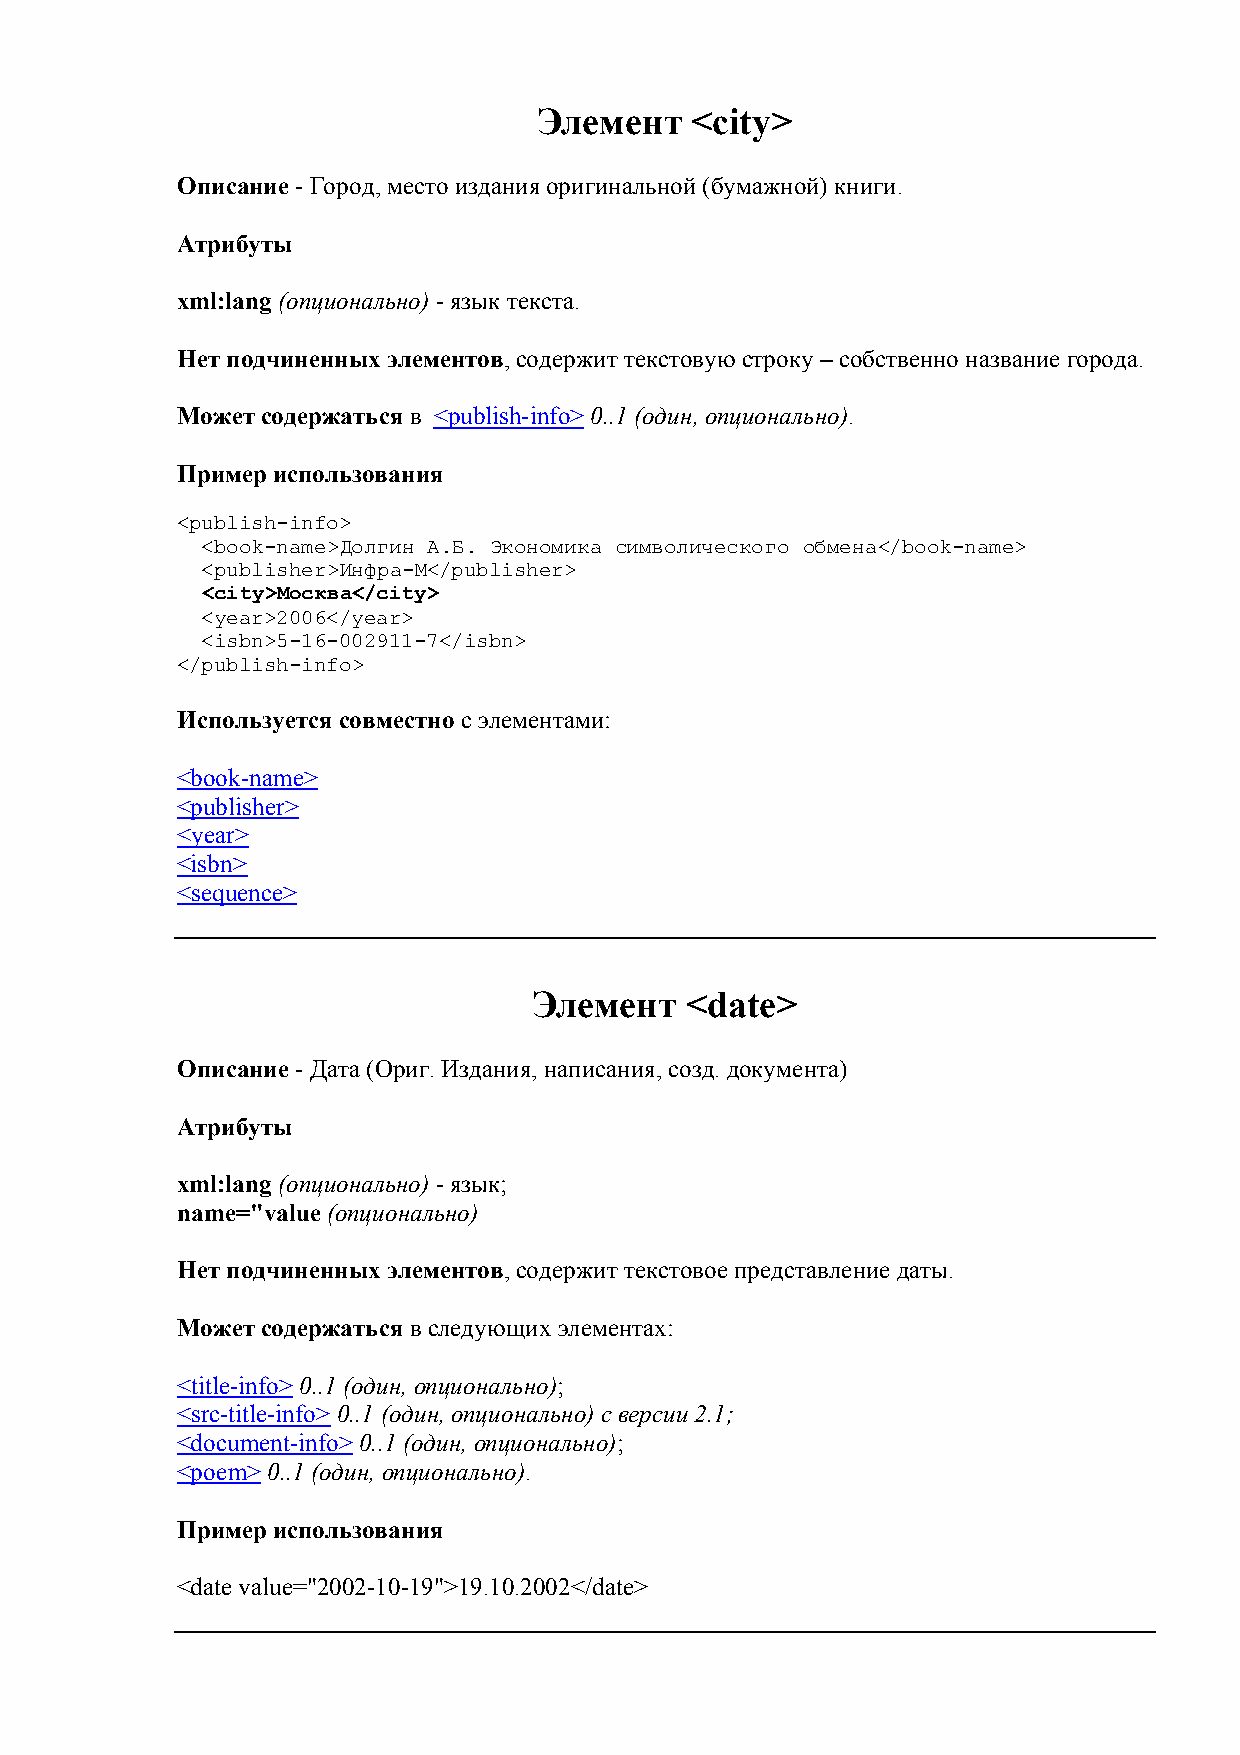
Элемент   <city>
 Описание - Город, место издания оригинальной (бумажной) книги.
 Атрибуты
 xml:lang (опционально) - язык текста.
 Нет подчиненных элементов, содержит текстовую строку – собственно название города.
 Может содержаться в <publish-info> 0..1 (один, опционально).
 Пример использования
 <publish-info>
 <book-name>Долгин А.Б. Экономика символического обмена</book-name>
 <publisher>Инфра-М</publisher>
 <city>Москва</city>
 <year>2006</year>
 <isbn>5-16-002911-7</isbn>
 </publish-info>
 Используется совместно с элементами:
 <book-name>
 <publisher>
 <year>
 <isbn>
 <sequence>
 Элемент   <date>
 Описание - Дата (Ориг. Издания, написания, созд. документа)
 Атрибуты
 xml:lang (опционально) - язык;
 name="value (опционально)
 Нет подчиненных элементов, содержит текстовое представление даты.
 Может содержаться в следующих элементах:
 <title-info> 0..1 (один, опционально);
 <src-title-info> 0..1 (один, опционально) с версии 2.1;
 <document-info> 0..1 (один, опционально);
 <poem> 0..1 (один, опционально).
 Пример использования
 <date value="2002-10-19">19.10.2002</date>